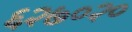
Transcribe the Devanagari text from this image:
६२७०२०